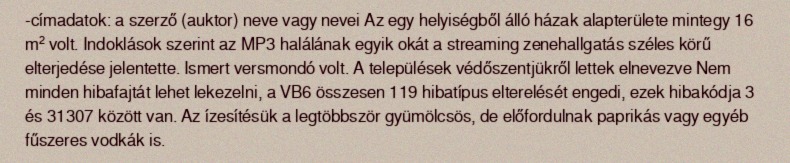
-címadatok: a szerző (auktor) neve vagy nevei Az egy helyiségből álló házak alapterülete mintegy 16 m² volt. Indoklások szerint az MP3 halálának egyik okát a streaming zenehallgatás széles körű elterjedése jelentette. Ismert versmondó volt. A települések védőszentjükről lettek elnevezve Nem minden hibafajtát lehet lekezelni, a VB6 összesen 119 hibatípus elterelését engedi, ezek hibakódja 3 és 31307 között van. Az ízesítésük a legtöbbször gyümölcsös, de előfordulnak paprikás vagy egyéb fűszeres vodkák is.